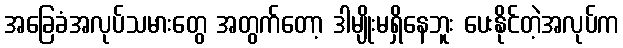
အခြေခံအလုပ်သမားတွေ အတွက်တော့ ဒါမျိုးမရှိနေဘူး ပေးနိုင်တဲ့အလုပ်က